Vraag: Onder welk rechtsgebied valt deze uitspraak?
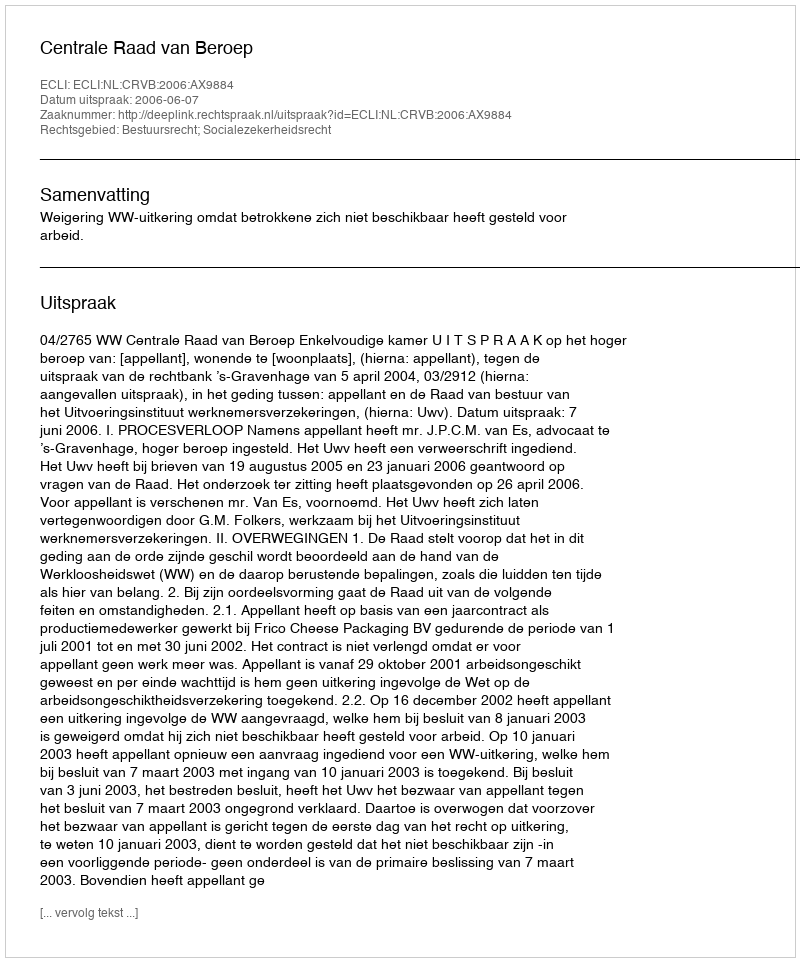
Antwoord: Bestuursrecht; Socialezekerheidsrecht